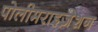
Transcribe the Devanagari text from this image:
पोलीमराइज़ेशन